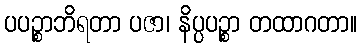
ပပဉ္စာဘိရတာ ပဇာ၊ နိပ္ပပဉ္စာ တထာဂတာ။